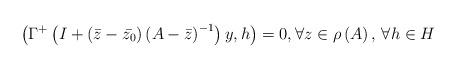
LaTeX: \begin{align*}\left( \Gamma^{+}\left( I+\left( \bar{z}-\bar{z_{0}} \right)\left( A-\bar{z} \right)^{-1} \right)y,h \right)=0,\forall z\in \rho \left( A \right),\thinspace \forall h\in H\end{align*}